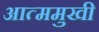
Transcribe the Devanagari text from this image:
आत्ममुखी